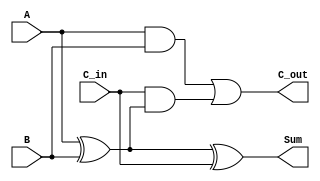
module RippleCarryFullAdder (
    input wire A,        // First input bit
    input wire B,        // Second input bit
    input wire C_in,     // Carry-in bit
    output wire Sum,     // Sum output bit
    output wire C_out    // Carry-out output bit
);

// Intermediate signals
wire A_XOR_B;

// Compute Sum using XOR gates
assign A_XOR_B = A ^ B;              // A XOR B
assign Sum = A_XOR_B ^ C_in;         // (A XOR B) XOR C_in

// Compute Carry-out using AND and OR gates
assign C_out = (A & B) | (C_in & A_XOR_B); // (A AND B) OR (C_in AND (A XOR B))

endmodule